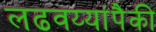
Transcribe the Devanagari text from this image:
लढवय्यांपैकी